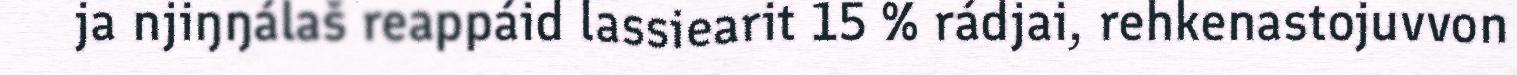
ja njiŋŋálaš reappáid lassiearit 15 % rádjai, rehkenastojuvvon